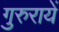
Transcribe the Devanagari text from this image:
गुरुरायें